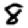
Digit: 8